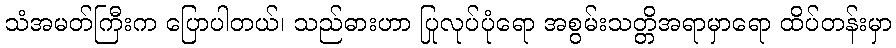
သံအမတ်ကြီးက ပြောပါတယ်၊ သည်ဓားဟာ ပြုလုပ်ပုံရော အစွမ်းသတ္တိအရာမှာရော ထိပ်တန်းမှာ